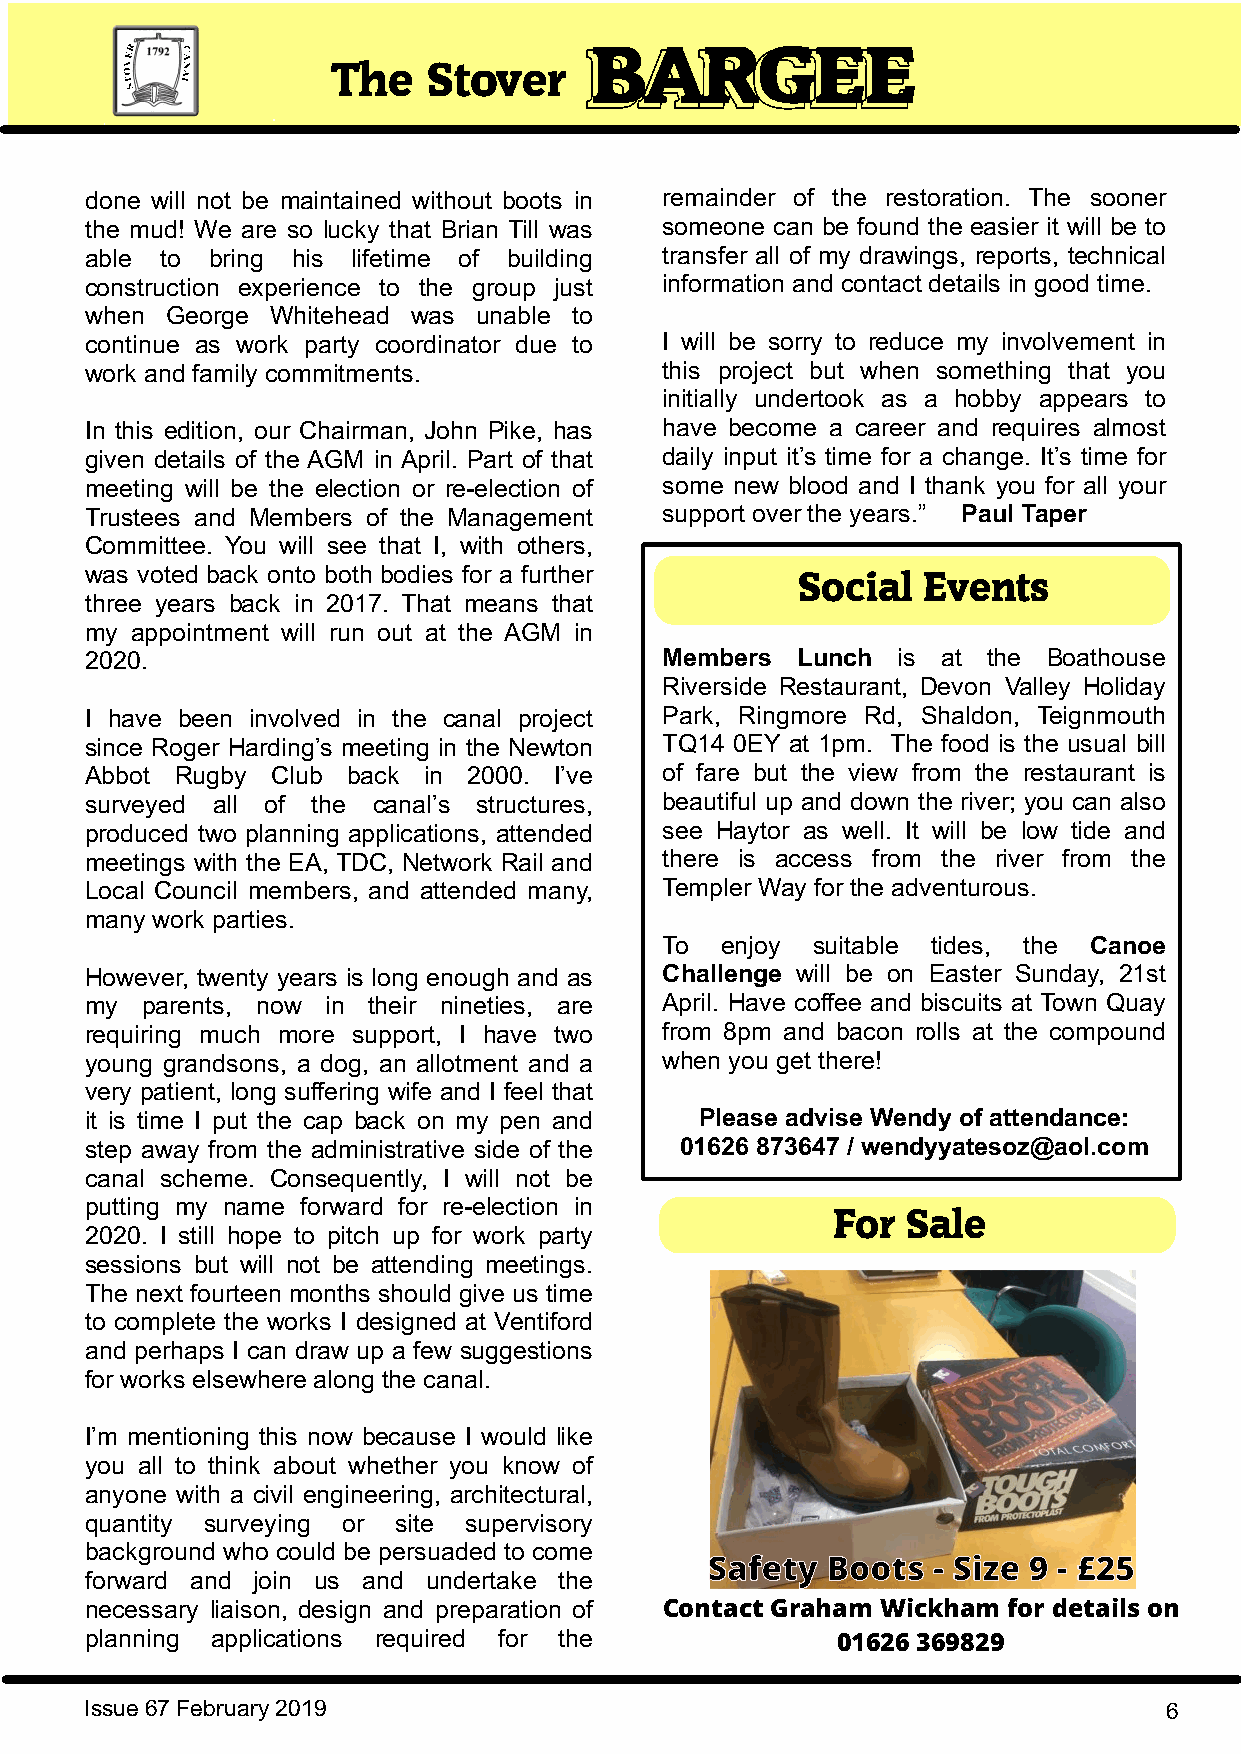
BBAARRGGEEEE
 The   Stover
 done will not be maintained without boots in remainder of the restoration. The sooner
 the mud! We are so lucky that Brian Till was someone can be found the easier it will be to
 able to bring his lifetime of building transfer all of my drawings, reports, technical
 construction experience to the group just information and contact details in good time.
 when George Whitehead was unable to
 continue as work party coordinator due to I will be sorry to reduce my involvement in
 work and family commitments.          this project but when something that you
 initially undertook as a hobby appears to
 In this edition, our Chairman, John Pike, has have become a career and requires almost
 given details of the AGM in April. Part of that daily input it’s time for a change. It’s time for
 meeting will be the election or re-election of some new blood and I thank you for all your
 Trustees and Members of the Management support over the years.” Paul Taper
 Committee. You will see that I, with others,
 was voted back onto both bodies for a further
 Social  Events
 three years back in 2017. That means that
 my appointment will run out at the AGM in
 2020.                                 Members  Lunch is at the Boathouse
 Riverside Restaurant, Devon Valley Holiday
 I have been involved in the canal project Park, Ringmore Rd, Shaldon, Teignmouth
 since Roger Harding’s meeting in the Newton TQ14 0EY at 1pm. The food is the usual bill
 Abbot Rugby Club back in 2000. I’ve   of fare but the view from the restaurant is
 surveyed all of the canal’s structures, beautiful up and down the river; you can also
 produced two planning applications, attended see Haytor as well. It will be low tide and
 meetings with the EA, TDC, Network Rail and there is access from the river from the
 Local Council members, and attended many, Templer Way for the adventurous.
 many work parties.
 To  enjoy suitable tides, the Canoe
 However, twenty years is long enough and as Challenge will be on Easter Sunday, 21st
 my parents, now in their nineties, are April. Have coffee and biscuits at Town Quay
 requiring much more support, I have two from 8pm and bacon rolls at the compound
 young grandsons, a dog, an allotment and a when you get there!
 very patient, long suffering wife and I feel that
 it is time I put the cap back on my pen and Please advise Wendy of attendance:
 step away from the administrative side of the 01626 873647 / wendyyatesoz@aol.com
 canal scheme. Consequently, I will not be
 Logs
 putting my name forward for re-election in
 For  Sale
 2020. I still hope to pitch up for work party
 For
 sessions but will not be attending meetings.
 The next fourteen months should give us time
 Sale
 to complete the works I designed at Ventiford
 and perhaps I can draw up a few suggestions
 for works elsewhere along the canal.                                                    Generously filled, net bags
 of ready cut timber
 I’m mentioning this now because I would like
 £4 per bag
 you all to think about whether you know of
 anyone with a civil engineering, architectural,                                          Collect from MT Tums or
 quantity surveying or site supervisory
 Contact us for details of delivery
 background who could be persuaded to come
 Safety  Boots  - Size 9 - £25                        01626 362609
 forward and join us and undertake the
 necessary liaison, design and preparation of Contact Graham Wickham for details on
 planning applications required for the           01626 369829
 Issue 67 February 2019                                                 6